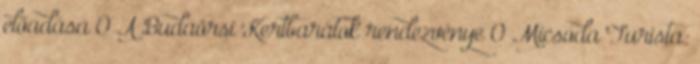
előadása 0 A Budaörsi Kertbarátok rendezvénye 0 Micsoda Turista: